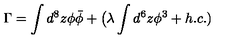
\Gamma = \int d ^ { 8 } z \phi \bar { \phi } + \big ( \lambda \int d ^ { 6 } z { \phi } ^ { 3 } + h . c . )